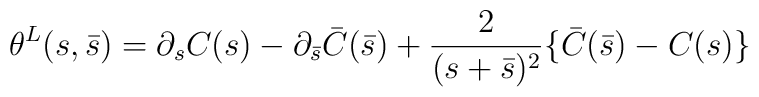
\theta^L(s,\bar{s})=\partial_s C(s)-\partial_{\bar{s}}\bar{C}(\bar{s})+\frac{2}{(s+\bar{s})^2}\{\bar{C}(\bar{s})-C(s)\}